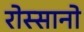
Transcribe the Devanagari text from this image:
रोस्सानो